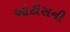
ઓટીસની